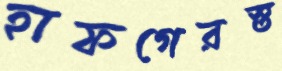
হাফগেরস্ত